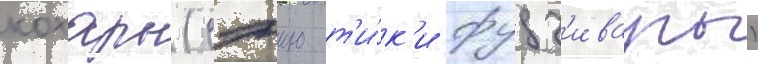
кохары (сэию т'и́к'и фудз'ивары)